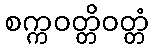
စက္ကဝတ္တိဝတ္တံ